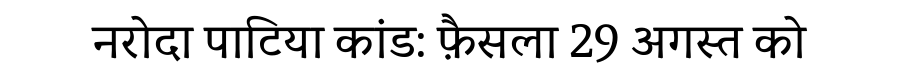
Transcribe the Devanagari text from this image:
नरोदा पाटिया कांड: फ़ैसला 29 अगस्त को